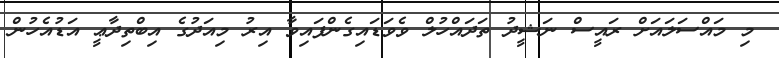
މި މައްސަލައަށް ރައީސް ނަޝީދު ތަދައްހުލް ވެވަޑައިގެންފައިވާ އިރު މިއަދުގެ އިބްތިދާޢީ އަޑުއެހުން